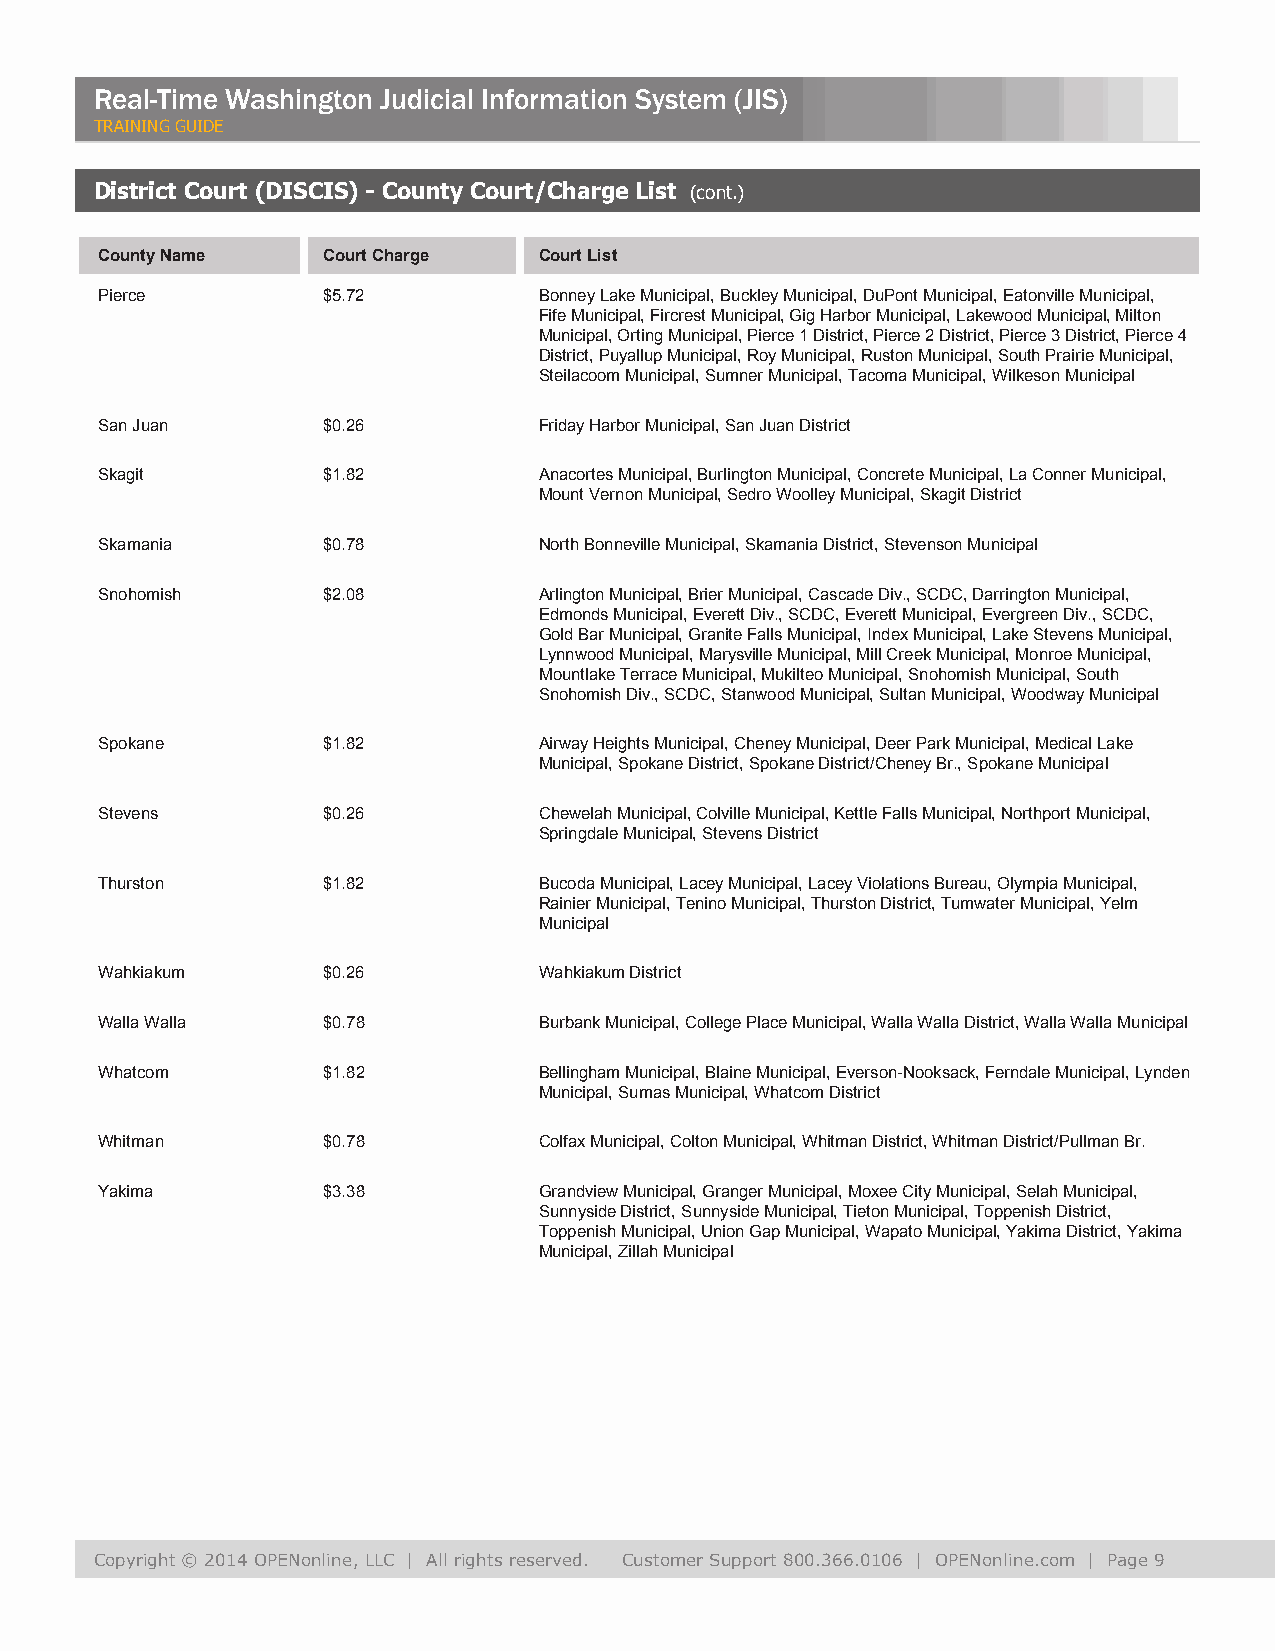
Real-Time Washington Judicial Information System (JIS)
 TRAINING GUIDE
 District Court (DISCIS) - County Court/Charge List (cont.)
 County Name    Court Charge   Court List
 Pierce         $5.72          Bonney Lake Municipal, Buckley Municipal, DuPont Municipal, Eatonville Municipal,
 Fife Municipal, Fircrest Municipal, Gig Harbor Municipal, Lakewood Municipal, Milton
 Municipal, Orting Municipal, Pierce 1 District, Pierce 2 District, Pierce 3 District, Pierce 4
 District, Puyallup Municipal, Roy Municipal, Ruston Municipal, South Prairie Municipal,
 Steilacoom Municipal, Sumner Municipal, Tacoma Municipal, Wilkeson Municipal
 San Juan       $0.26          Friday Harbor Municipal, San Juan District
 Skagit         $1.82          Anacortes Municipal, Burlington Municipal, Concrete Municipal, La Conner Municipal,
 Mount Vernon Municipal, Sedro Woolley Municipal, Skagit District
 Skamania       $0.78          North Bonneville Municipal, Skamania District, Stevenson Municipal
 Snohomish      $2.08          Arlington Municipal, Brier Municipal, Cascade Div., SCDC, Darrington Municipal,
 Edmonds Municipal, Everett Div., SCDC, Everett Municipal, Evergreen Div., SCDC,
 Gold Bar Municipal, Granite Falls Municipal, Index Municipal, Lake Stevens Municipal,
 Lynnwood Municipal, Marysville Municipal, Mill Creek Municipal, Monroe Municipal,
 Mountlake Terrace Municipal, Mukilteo Municipal, Snohomish Municipal, South
 Snohomish Div., SCDC, Stanwood Municipal, Sultan Municipal, Woodway Municipal
 Spokane        $1.82          Airway Heights Municipal, Cheney Municipal, Deer Park Municipal, Medical Lake
 Municipal, Spokane District, Spokane District/Cheney Br., Spokane Municipal
 Stevens        $0.26          Chewelah Municipal, Colville Municipal, Kettle Falls Municipal, Northport Municipal,
 Springdale Municipal, Stevens District
 Thurston       $1.82          Bucoda Municipal, Lacey Municipal, Lacey Violations Bureau, Olympia Municipal,
 Rainier Municipal, Tenino Municipal, Thurston District, Tumwater Municipal, Yelm
 Municipal
 Wahkiakum      $0.26          Wahkiakum District
 Walla Walla    $0.78          Burbank Municipal, College Place Municipal, Walla Walla District, Walla Walla Municipal
 Whatcom        $1.82          Bellingham Municipal, Blaine Municipal, Everson-Nooksack, Ferndale Municipal, Lynden
 Municipal, Sumas Municipal, Whatcom District
 Whitman        $0.78          Colfax Municipal, Colton Municipal, Whitman District, Whitman District/Pullman Br.
 Yakima         $3.38          Grandview Municipal, Granger Municipal, Moxee City Municipal, Selah Municipal,
 Sunnyside District, Sunnyside Municipal, Tieton Municipal, Toppenish District,
 Toppenish Municipal, Union Gap Municipal, Wapato Municipal, Yakima District, Yakima
 Municipal, Zillah Municipal
 Copyright © 2014 OPENonline, LLC | All rights reserved. Customer Support 800.366.0106 | OPENonline.com | Page 9